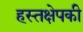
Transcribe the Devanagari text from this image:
हस्तक्षेपकी